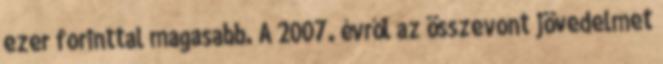
ezer forinttal magasabb. A 2007. évről az összevont jövedelmet